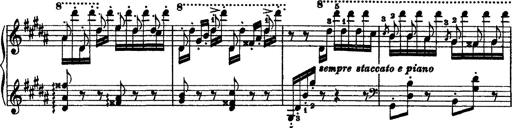
Title: Grandes Ã©tudes de Paganini
Composer: Franz Liszt